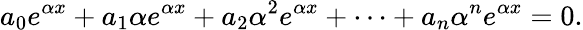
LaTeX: a_{0}e^{\alpha x}+a_{1}\alpha e^{\alpha x}+a_{2}\alpha^{2}e^{\alpha x}+\cdots+a_{n}\alpha^{n}e^{\alpha x}=0.